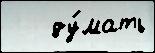
   ду́мать